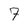
Character: 7